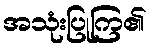
အသုံးပြုကြ၏